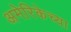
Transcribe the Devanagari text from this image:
अमेरिकेच्या